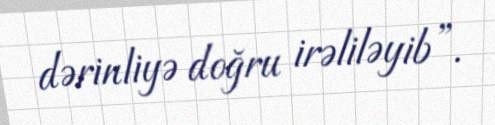
dərinliyə doğru irəliləyib”.